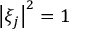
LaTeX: \left| \xi _ { j } \right| ^ { 2 } = 1